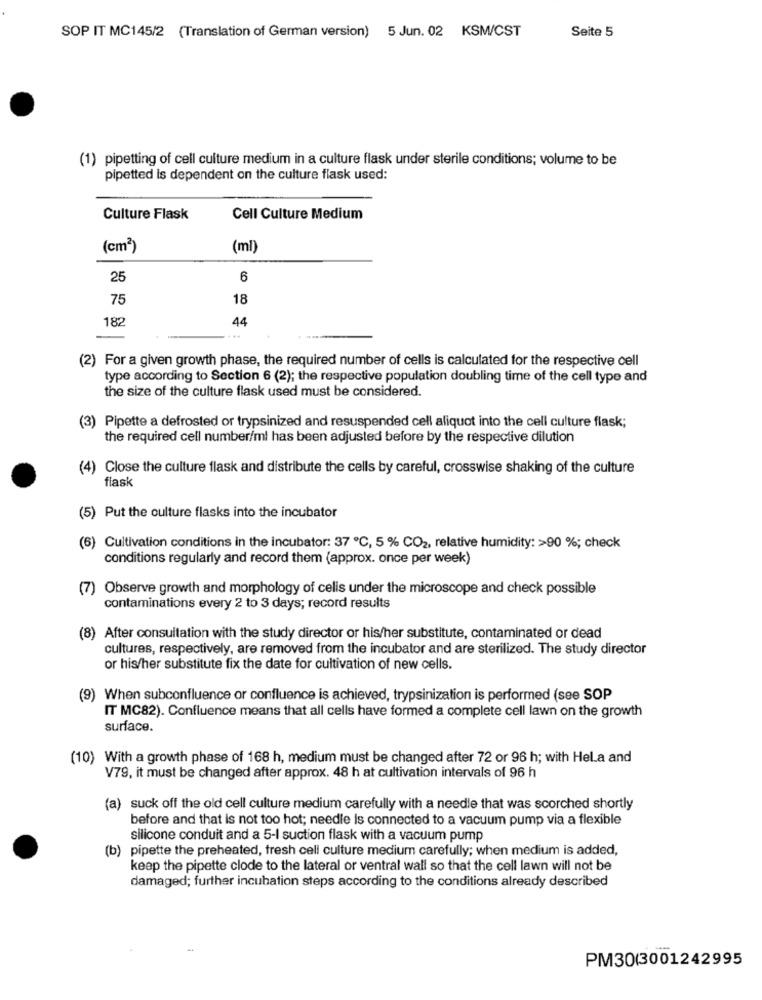
SOP IT MC145/2 (Translation of German version) 5 Jun. 02 KSM/CST
Seite 5
(1) pipetting of cell culture medium in a culture flask under sterile conditions; volume to be
pipetted is dependent on the culture flask used:
Culture Flask
Cell Culture Medium
(cm2)
(ml)
25
6
75
18
182
44
(2) For a given growth phase, the required number of cells is calculated for the respective cell
type according to Section 6 (2); the respective population doubling time of the cell type and
the size of the culture flask used must be considered.
(3) Pipette a defrosted or trypsinized and resuspended cell aliquot into the cell culture flask;
the required cell number/ml has been adjusted before by the respective dilution
(4) Close the culture flask and distribute the cells by careful, crosswise shaking of the culture
flask
(5) Put the culture flasks into the incubator
(6) Cultivation conditions in the incubator: 37 ℃, 5 % CO2, relative humidity: >90 %; check
conditions regularly and record them (approx. once per week)
(7) Observe growth and morphology of cells under the microscope and check possible
contaminations every 2 to 3 days; record results
(8) After consultation with the study director or his/her substitute, contaminated or dead
cultures, respectively, are removed from the incubator and are sterilized. The study director
or his/her substitute fix the date for cultivation of new cells.
)When subconfluence or confluence is achieved, trypsinization is performed (see SOP
IT MC82). Confluence means that all cells have formed a complete cell lawn on the growth
surface.
(10) With a growth phase of 168 h, medium must be changed after 72 or 96 h; with Hela and
V79, it must be changed after approx. 48 h at cultivation intervals of 96 h
(a) suck off the old cell culture medium carefully with a needle that was scorched shortly
before and that is not too hot; needle is connected to a vacuum pump via a flexible
silicone conduit and a 5-I suction flask with a vacuum pump
(b) pipette the preheated, fresh cell culture medium carefully; when medium is added,
keep the pipette clode to the lateral or ventral wall so that the cell lawn will not be
damaged; further incubation steps according to the conditions already described
PM30(3001242995